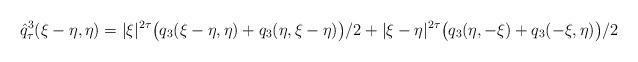
LaTeX: \begin{align*}\hat{q}_\tau^3(\xi-\eta, \eta) = |\xi|^{2\tau}\big(q_3(\xi-\eta, \eta)+ q_3(\eta, \xi-\eta) \big)/2+|\xi-\eta|^{2\tau} \big( q_3(\eta, -\xi)+q_3(-\xi, \eta)\big)/2\end{align*}